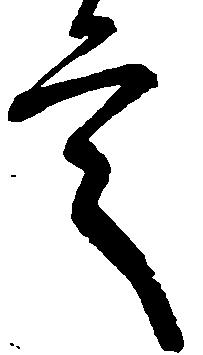
言